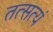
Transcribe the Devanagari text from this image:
तत्सत्यं